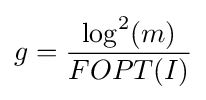
g={\frac {\log ^{2}(m)}{FOPT(I)}}